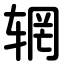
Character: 辋